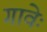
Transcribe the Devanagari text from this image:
गावेः